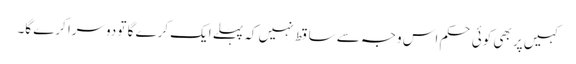
کہیں پر بھی کوئی حکم اس وجہ سے ساقط نہیں کہ پہلے ایک کرے گا تو دوسرا کرے گا۔